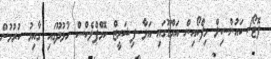
ފޮޓޯ/ ކައުންސިލް މިފްކޯއިން އައްޑޫގައި އަޅާ ފިޝަރީޒް ކޮމްޕްލެކްސް ހުޅުދޫގައި ގާއިމު ކުރުމުން